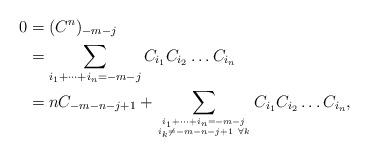
LaTeX: \begin{align*}0 &=(C^n)_{-m-j}\\&=\sum_{i_1+\dots +i_n=-m-j}C_{i_1}C_{i_2}\dots C_{i_n}\\&= nC_{-m-n-j+1}+ \sum_{{i_1+\dots +i_n=-m-j}\atop{i_k\ne -m-n-j+1\ \forall k}}C_{i_1}C_{i_2}\dots C_{i_n},\end{align*}